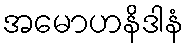
အမောဟနိဒါနံ